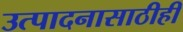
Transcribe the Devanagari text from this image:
उत्पादनासाठीही